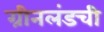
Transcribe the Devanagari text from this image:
ग्रीनलंडची